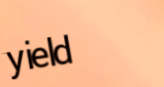
yield